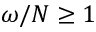
\omega / N \geq 1